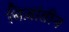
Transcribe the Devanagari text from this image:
बिज़ांतीन